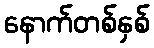
နောက်တစ်နှစ်